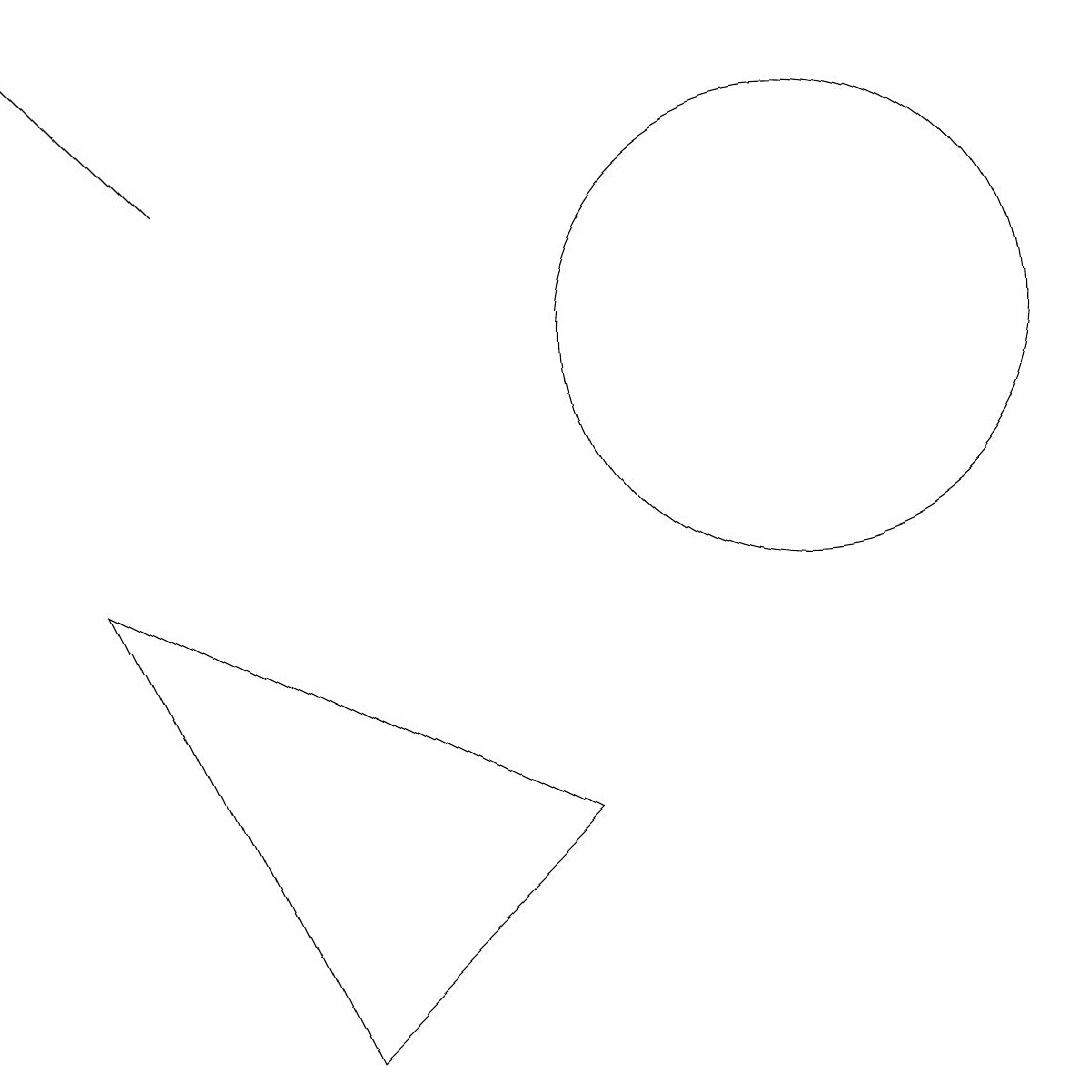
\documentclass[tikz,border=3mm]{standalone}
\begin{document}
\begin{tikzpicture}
\draw (3,7) -- (9,4) -- (6,1) -- cycle;
\draw (12,10) circle (3);
\draw[->] (4,12) -- (2,14);
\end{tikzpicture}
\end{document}